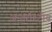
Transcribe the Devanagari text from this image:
अन्तर्राश्ट्रीय